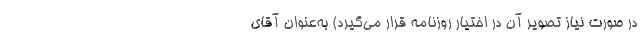
در صورت نیاز تصویر آن در اختیار روزنامه قرار می‌گیرد) به‌عنوان آقای